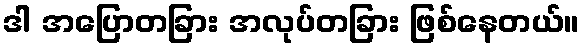
ဒါ အပြောတခြား အလုပ်တခြား ဖြစ်နေတယ်။